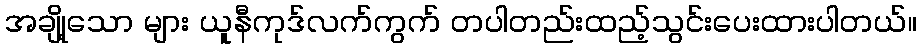
အချို့သော များ ယူနီကုဒ်လက်ကွက် တပါတည်းထည့်သွင်းပေးထားပါတယ်။